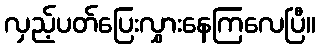
လှည့်ပတ်ပြေးလွှားနေကြလေပြီ။